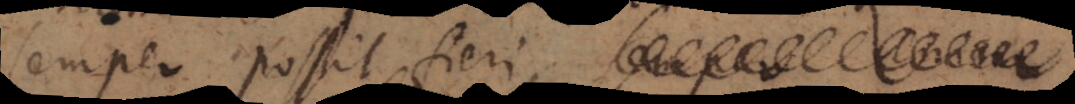
semper possit fieri,